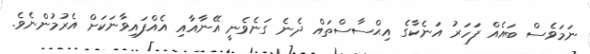
ނަމަވެސް ބައެއް ފަހަރު އަނެކާގެ އިޙްސާސްތައް ދެނެ ގަނެވެނީ އޭނާއާއި އެއްފައިވާނަކަށް އެރުމުންނެވެ.